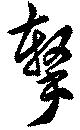
撃